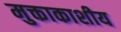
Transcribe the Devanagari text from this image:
मुक्ताकाशीय